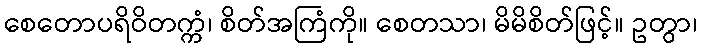
စေတောပရိဝိတက္ကံ၊ စိတ်အကြံကို။ စေတသာ၊ မိမိစိတ်ဖြင့်။ ဥတွာ၊